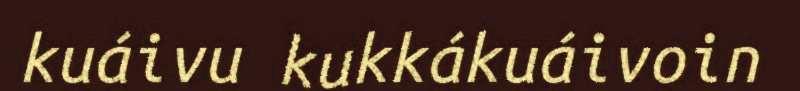
kuáivu kukkákuáivoin